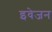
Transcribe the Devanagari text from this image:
इवेजन